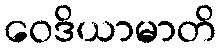
ဝေဒိယာမာတိ